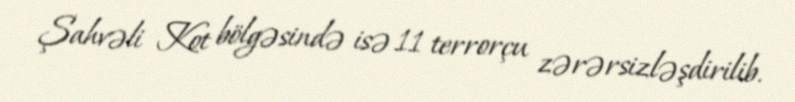
Şahvəli Kot bölgəsində isə 11 terrorçu zərərsizləşdirilib.